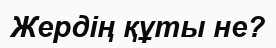
Жердің құты не?